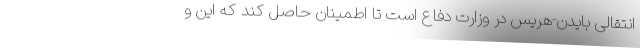
انتقالی بایدن-هریس در وزارت دفاع است تا اطمینان حاصل کند که این و